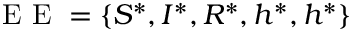
\mathrm { ~ E ~ E ~ } = \{ S ^ { * } , I ^ { * } , R ^ { * } , h ^ { * } , h ^ { * } \}